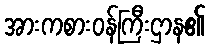
အားကစားဝန်ကြီးဌာန၏